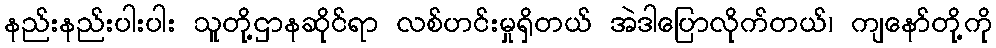
နည်းနည်းပါးပါး သူတို့ဌာနဆိုင်ရာ လစ်ဟင်းမှုရှိတယ် အဲဒါပြောလိုက်တယ်၊ ကျနော်တို့ကို